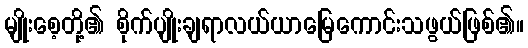
မျိုးစေ့တို့၏ စိုက်ပျိုးချရာလယ်ယာမြေကောင်းသဖွယ်ဖြစ်၏။